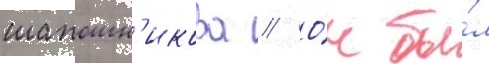
шапошн'икова // О́н бы́л